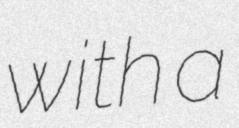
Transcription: with a